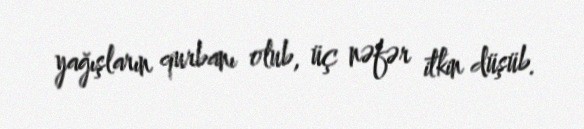
yağışların qurbanı olub, üç nəfər itkin düşüb.